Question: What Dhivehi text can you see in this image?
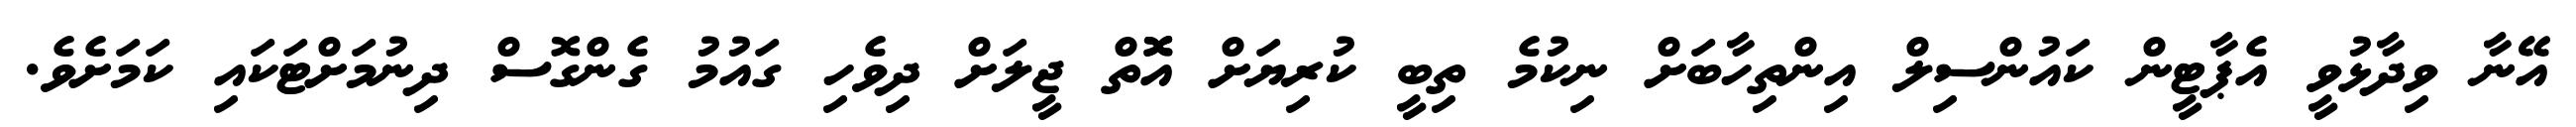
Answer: އޭނާ ވިދާޅުވީ އެޕާޓީން ކައުންސިލް އިންތިހާބަށް ނިކުމެ ތިބީ ކުރިޔަށް އޮޮތް ޖީލަށް ދިވެހި ގައުމު ގެންގޮސް ދިނުމަށްޓަކައި ކަމަށެވެ.